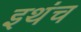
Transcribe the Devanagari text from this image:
इथंच